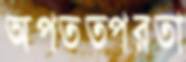
অপতত্পরতা